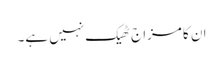
ان کا مزاج ٹھیک نہیں ہے۔